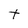
Character: t